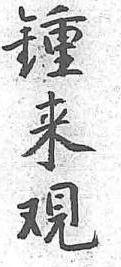
鐘來覌